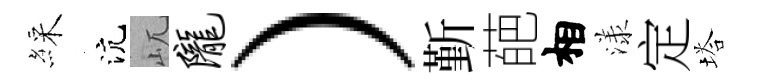
綵沆屼陇）斳葩相漾定塔